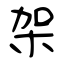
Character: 架